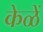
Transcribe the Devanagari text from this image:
केळें